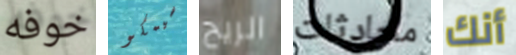
خوفه سيمكو الريح محادثات أنك